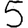
Digit: 5